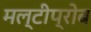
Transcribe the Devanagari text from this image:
मल्टीप्रोब